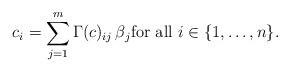
LaTeX: \begin{align*} c_i = \sum_{j=1}^m \Gamma(c)_{ij} \, \beta_j \mbox{for all $i \in \{1,\ldots,n\}$}.\end{align*}